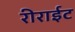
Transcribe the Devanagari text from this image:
रीराईट